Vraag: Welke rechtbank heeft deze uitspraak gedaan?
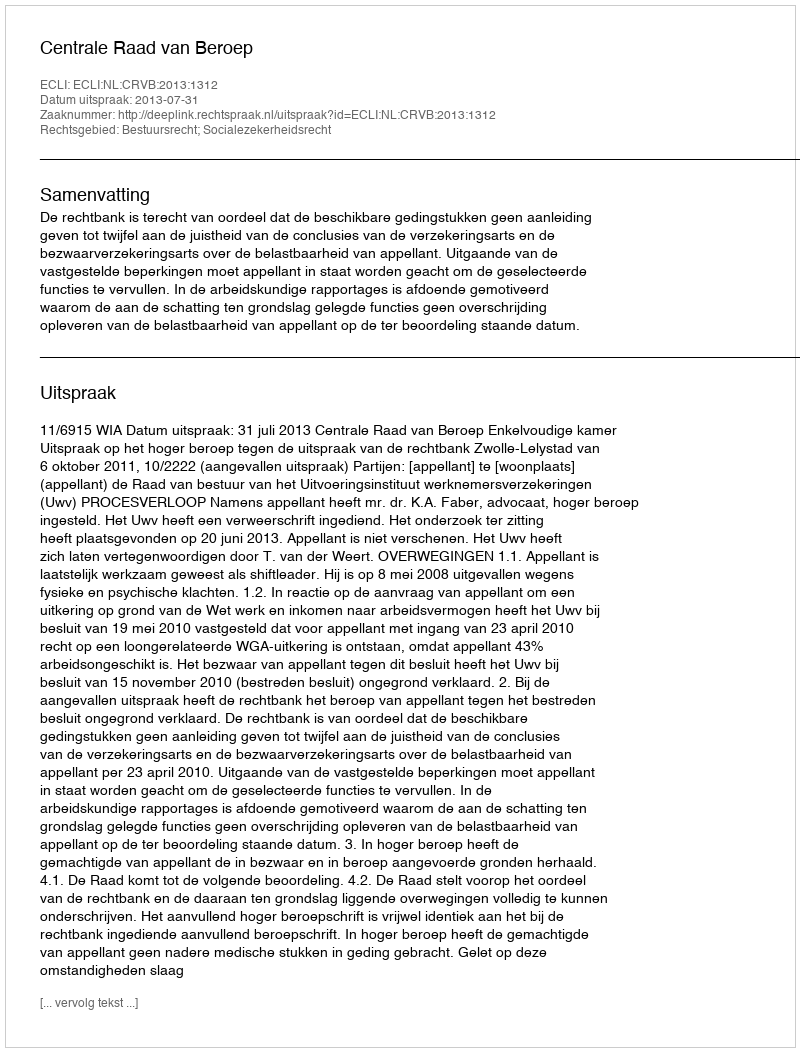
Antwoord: Centrale Raad van Beroep